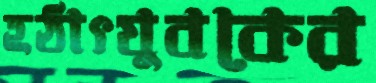
হঠাৎযুবকের